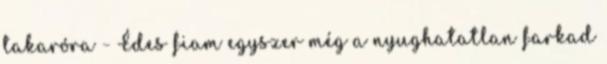
takaróra - Édes fiam egyszer még a nyughatatlan farkad